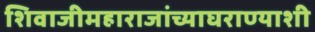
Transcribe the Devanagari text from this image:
शिवाजीमहाराजांच्याघराण्याशी